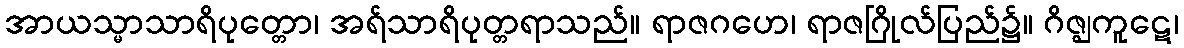
အာယသ္မာသာရိပုတ္တော၊ အရ်သာရိပုတ္တရာသည်။ ရာဇဂဟေ၊ ရာဇဂြိုလ်ပြည်၌။ ဂိဇ္ဈကူဋေ၊